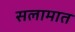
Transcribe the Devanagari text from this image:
सलामात